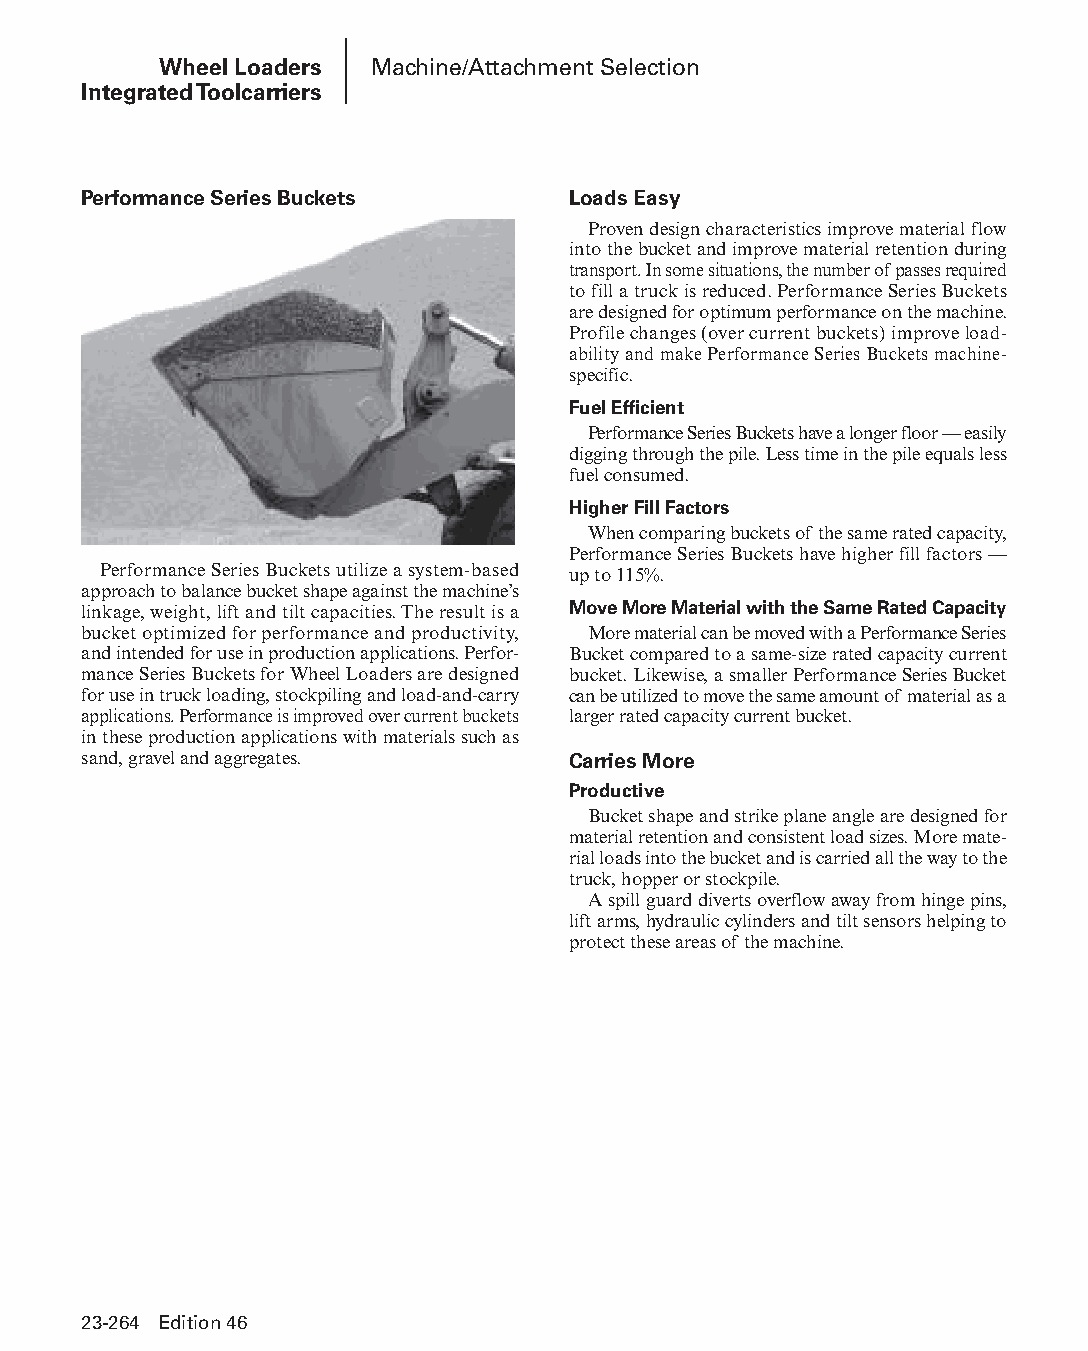
Wheel Loaders Machine/Attachment Selection
 Integrated Toolcarriers
 Performance Series Buckets      Loads Easy
 Proven design characteristics improve material flow
 into the bucket and improve material retention during
 transport. In some situations, the number of passes required
 to fill a truck is reduced. Performance Series Buckets
 are designed for optimum performance on the machine.
 Profile changes (over current buckets) improve load-
 abil ity and make Performance Series Buckets machine-
 specific.
 Fuel Efficient
 Performance Series Buckets have a longer floor — easily
 digging through the pile. Less time in the pile equals less
 fuel consumed.
 Higher Fill Factors
 When comparing buckets of the same rated capacity,
 Performance Series Buckets have higher fill factors —
 Performance Series Buckets utilize a system-based up to 115%.
 approach to balance bucket shape against the machine’s
 linkage, weight, lift and tilt capacities. The result is a Move More Material with the Same Rated Capacity
 bucket optimized for performance and productivity, More material can be moved with a Performance Series
 and intended for use in production applications. Perfor- Bucket compared to a same-size rated capacity current
 mance Series Buckets for Wheel Loaders are designed bucket. Likewise, a smaller Performance Series Bucket
 for use in truck loading, stockpiling and load-and-carry can be utilized to move the same amount of material as a
 applications. Per formance is improved over current buckets larger rated capacity current bucket.
 in these production applications with materials such as
 sand, gravel and aggregates.    Carries More
 Productive
 Bucket shape and strike plane angle are designed for
 material retention and consistent load sizes. More mate-
 rial loads into the bucket and is carried all the way to the
 truck, hopper or stockpile.
 A spill guard diverts overflow away from hinge pins,
 lift arms, hydraulic cylinders and tilt sensors help ing to
 protect these areas of the machine.
 23-264 Edition 46
 PPHHBB--SSeecc2233((ppgg220077--332244))..iinndddd 226644      1122//44//1155 22::1122 PPMM